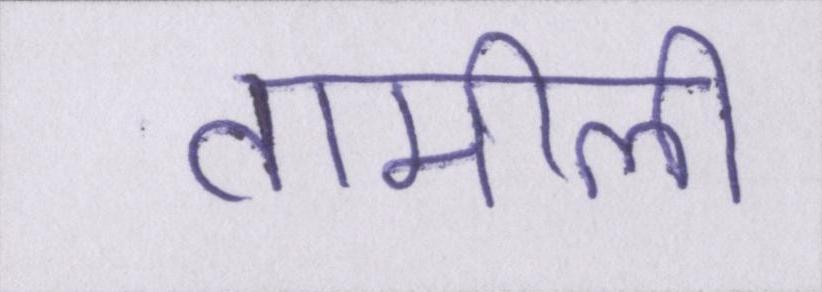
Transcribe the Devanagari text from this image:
तामीली